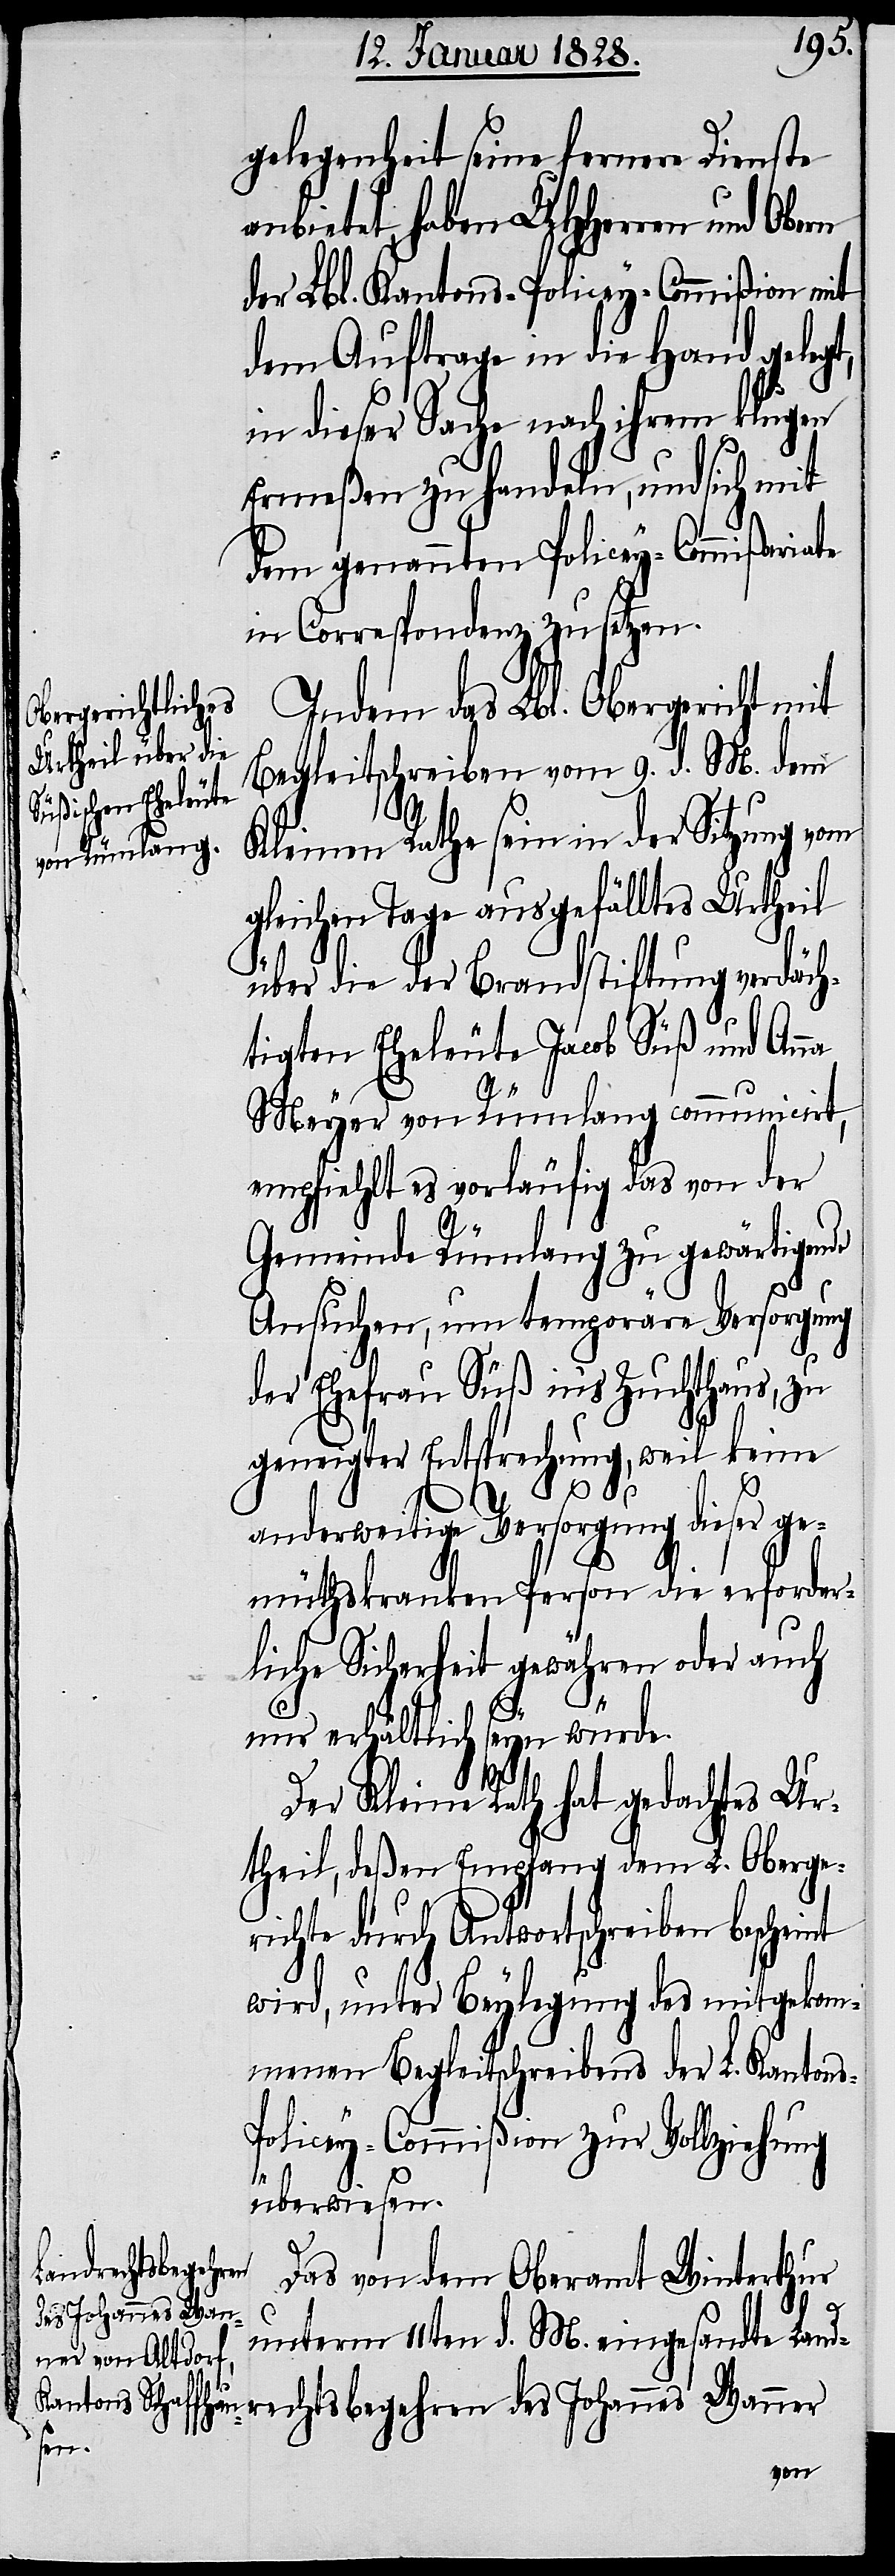
gelegenheit seine fernere Dienste
anbietet, haben UHHerren und Obern
der Lbl. Kantons-Policey-Commißion mit
dem Auftrage in die Hand gelegt,
in dieser Sache nach ihrem klugen
Ermeßen zu handeln, und sich mit
dem genannten Policey-Commißari¬
in Correspondenz zu setzen.
Indem das Lbl. Obergericht mit
Begleitschreiben vom 9. d. M. dem
Kleinen Rathe sein in der Sitzung vom
ichen Tage ausgefälltes Urtheil
über die der Brandstiftung verdäch¬
tigen Eheleute Jacob Süß und Anna
gle¬
Meyer von Rümlang communicirt,
empfiehlt es vorläufig das von der
Gemeinde Rümlang zu gewärtigen¬
Ansuchen, um temporäre Versorgung
der Ehefrau Süß ins Zuchthaus, zu
geneigter Entsprechung, weil keine
anderweitige Versorgung dieser ge¬
müthskranken Person die erforder¬
liche Sicherheit gewähren oder auch
nur erhältlich seyn würde.
Der Kleine Rath hat gedachtes Ur¬
theil, deßen Empfang dem L. Oberge¬
richte durch Antwortschreiben bescheint
wird, unter Beylegung des mitgekom¬
menen Begleitschreibens der L. Kanton¬
s-Policey-Commißion zu Vollziehung
ner
überwiesen.
Landrechtsbegehren
Das von dem Oberamt Winterthur
des Johannes Wan¬
unterm 11ten d. M. eingesandte